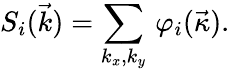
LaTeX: S_{i}(\vec{k})=\sum_{k_{x},k_{y}}\, \varphi_{i}(\vec{\kappa}).